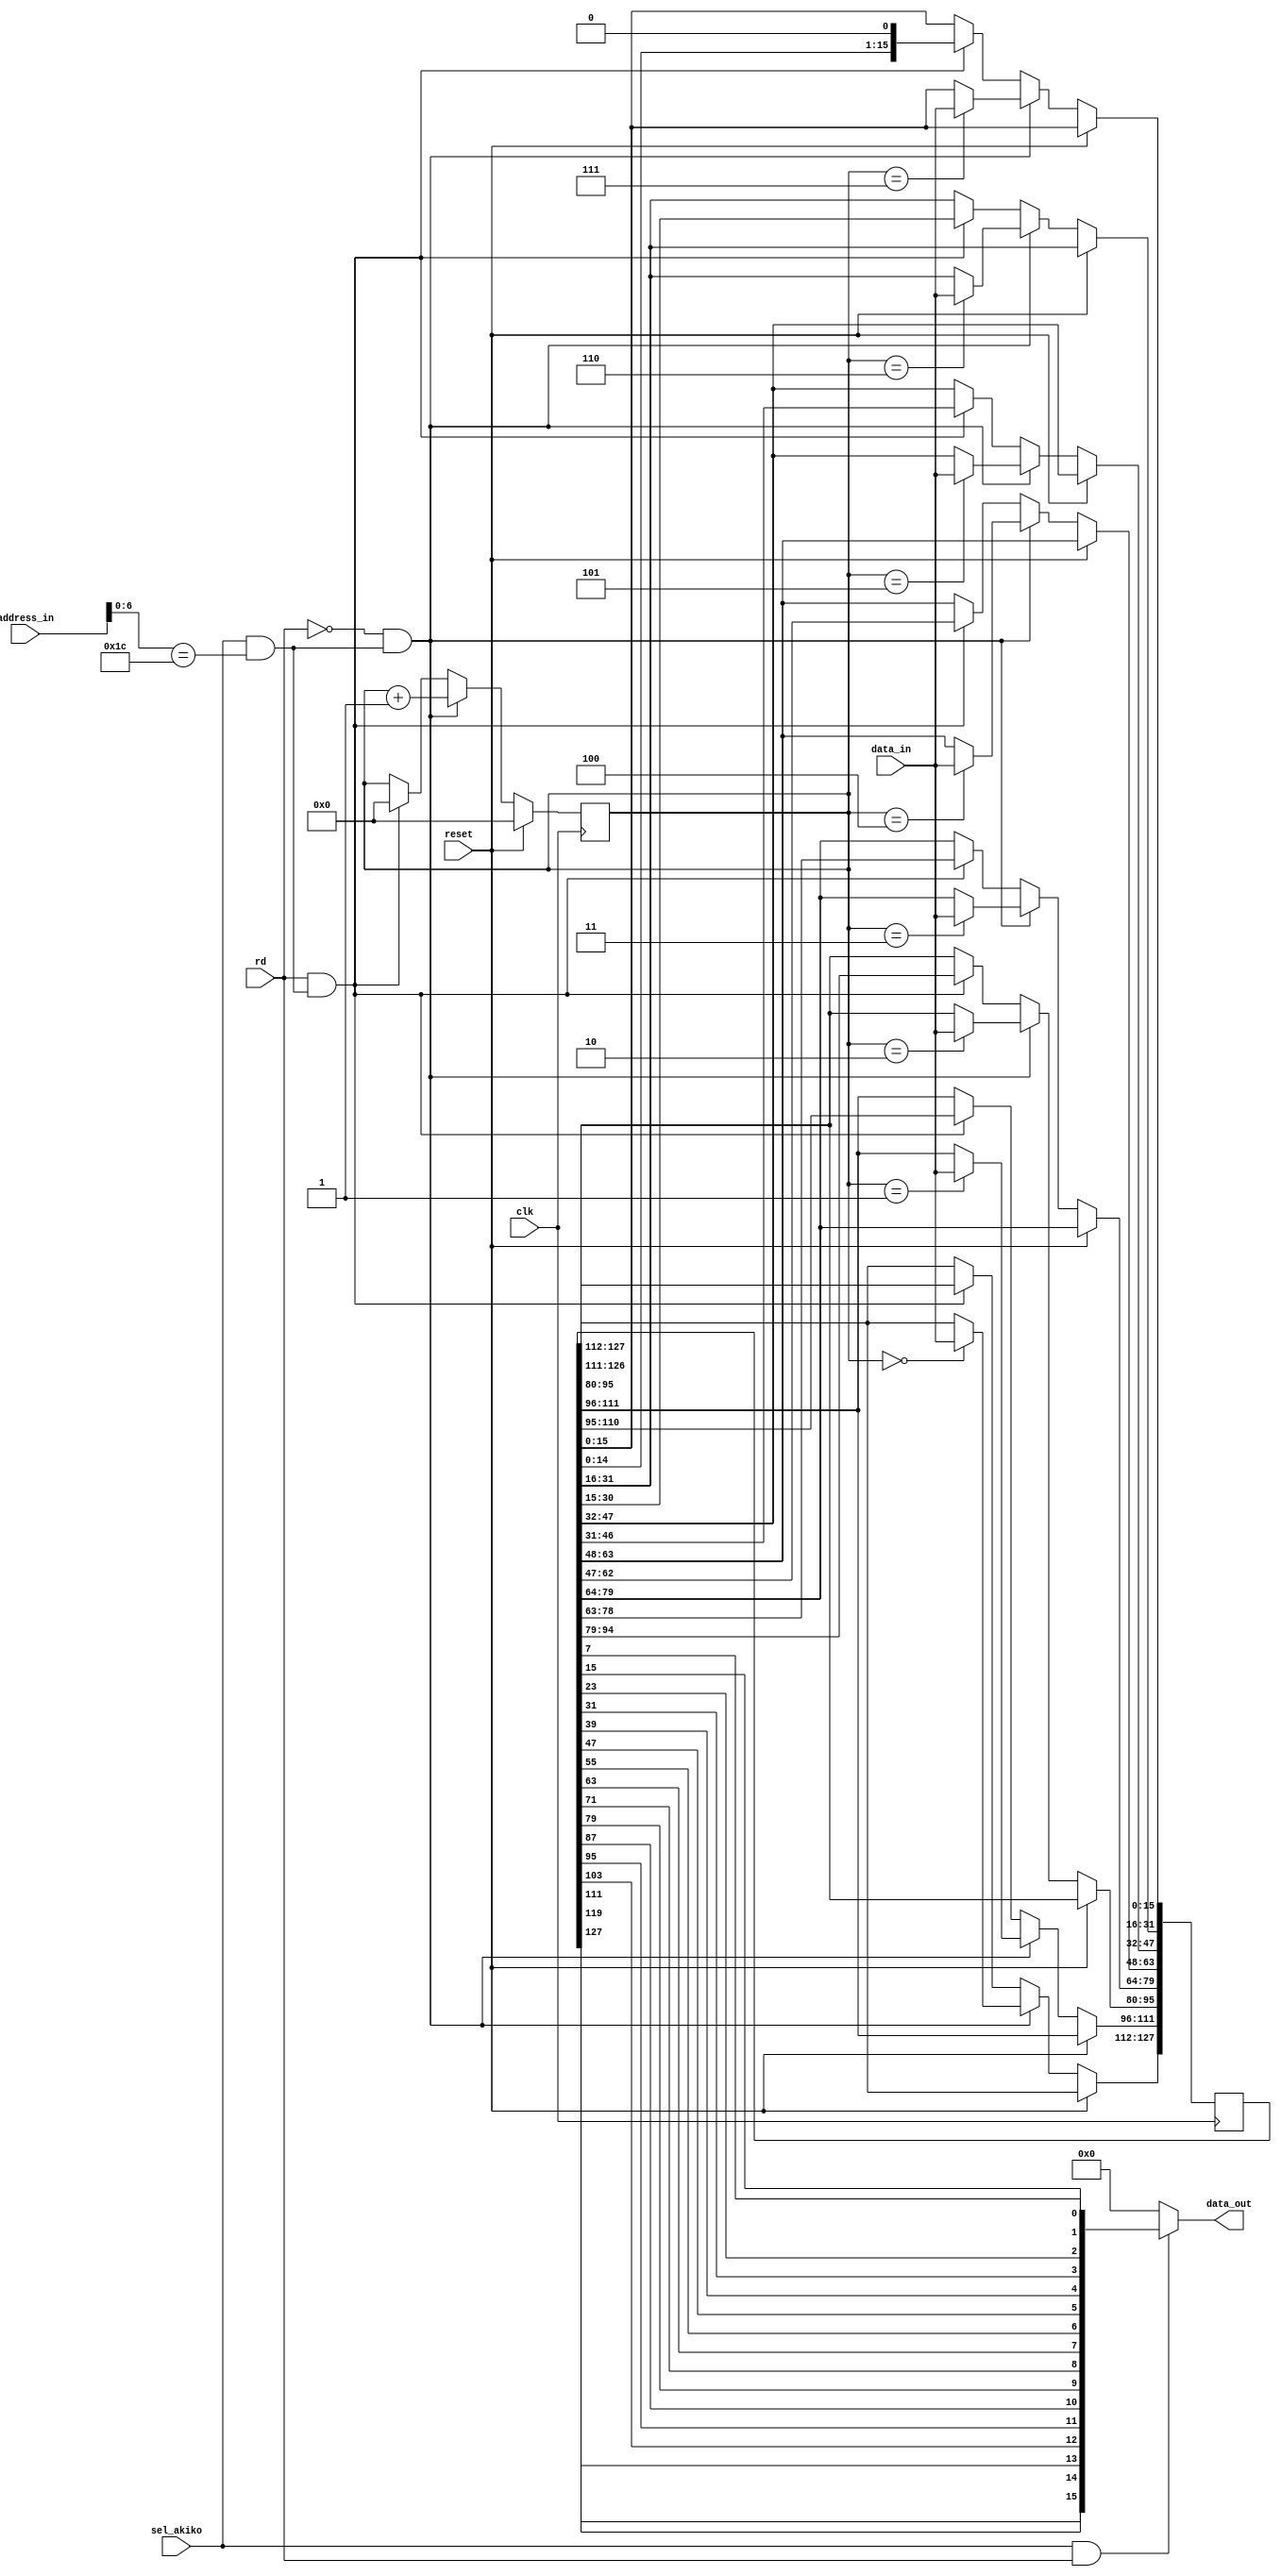
module akiko
(
	input	clk,
	input	reset,
	input	[23:1] address_in,
	input	[15:0] data_in,
	output	[15:0] data_out,
	input	rd,
	input	sel_akiko	// $B8xxxx
);

//0xb80038 - just the one register, but 32-bits wide.
reg [127:0] shifter;
reg [6:0] wrpointer;
wire sel;

// address decoding
assign sel = sel_akiko && address_in[7:1]==8'b0011_100; // 0x38

always @(posedge clk)
	if (reset)
		wrpointer <= 0;
	else if (!rd && sel)	// write to C2P reg...
	begin
		case(wrpointer)
			0	: shifter[127:112] <= data_in[15:0];
			1	: shifter[111:96] <= data_in[15:0];
			2	: shifter[95:80] <= data_in[15:0];
			3	: shifter[79:64] <= data_in[15:0];
			4	: shifter[63:48] <= data_in[15:0];
			5	: shifter[47:32] <= data_in[15:0];
			6	: shifter[31:16] <= data_in[15:0];
			7  : shifter[15:0] <= data_in[15:0];
		endcase
		wrpointer <= wrpointer + 1;
	end
   else if (rd && sel)	// read from C2P reg
	begin
		shifter[127:0] <= {shifter[126:0],1'b0};
		wrpointer <= 0;
	end

	assign data_out[15:0] = sel_akiko && rd ? {shifter[127],shifter[119],shifter[111],shifter[103],shifter[95],shifter[87],
		shifter[79],shifter[71],shifter[63],shifter[55],shifter[47],shifter[39],shifter[31],
		shifter[23],shifter[15],shifter[7]} : 16'b0 ;

endmodule